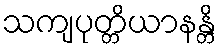
သကျပုတ္တိယာနန္တိ